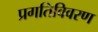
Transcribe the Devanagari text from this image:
प्रगतिविवरण